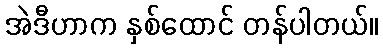
အဲဒီဟာက နှစ်ထောင် တန်ပါတယ်။